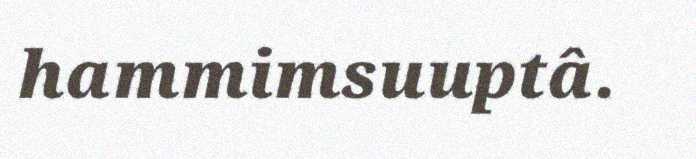
hammimsuuptâ.